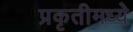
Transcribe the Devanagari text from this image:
प्रकृतीमध्येे